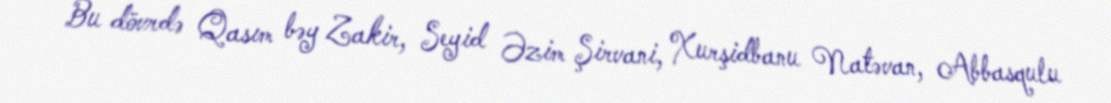
Bu dövrdə Qasım bəy Zakir, Seyid Əzim Şirvani, Xurşidbanu Natəvan, Abbasqulu